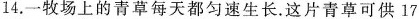
14. 一牧场上的青草每天都匀速生长。这片青草可供17